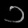
Digit: ၁